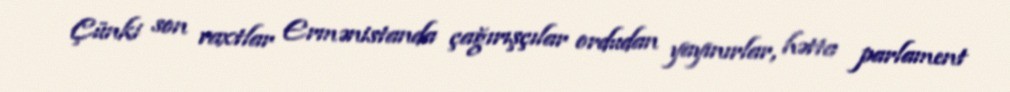
Çünki son vaxtlar Ermənistanda çağırışçılar ordudan yayınırlar, hətta parlament